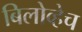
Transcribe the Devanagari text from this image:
बिलोव्हेच